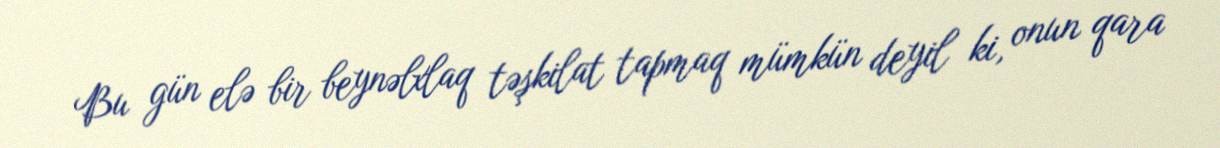
Bu gün elə bir beynəlxlaq təşkilat tapmaq mümkün deyil ki, onun qara